Medical and sanitary report of the native army of Bengal for the year
Year: 1874
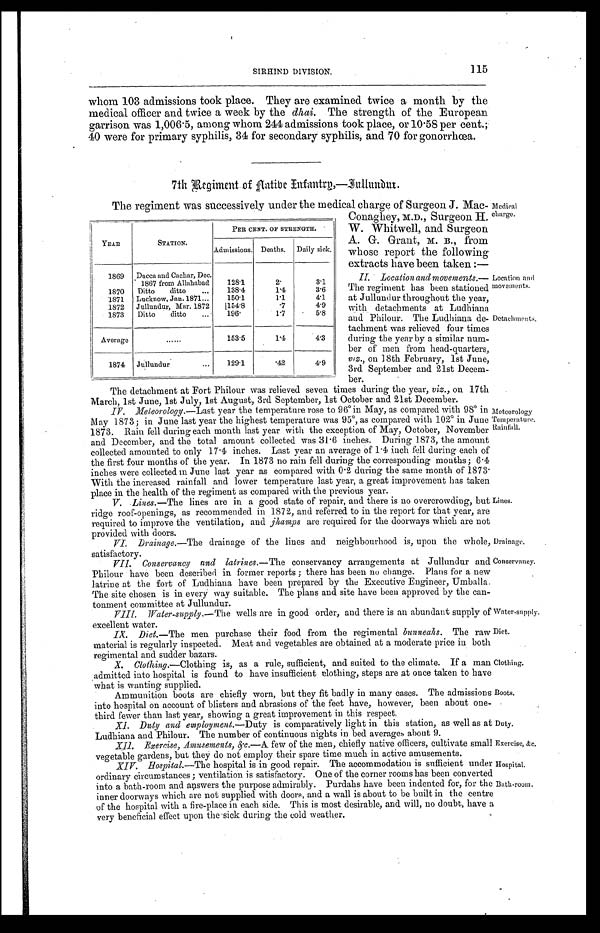
SIRHIND DIVISION.
115
Drainage.
Conservancy.
Water-supply.
Diet.
Clothing.
Boots.
Duty.
Exercise, &c.
whom 103 admissions took place. They are examined twice a month by the
medical officer and twice a week by the dhai. The strength of the European
garrison was 1,006.5, among whom 244 admissions took place, or 10.58 per cent.;
40 were for primary syphilis, 34 for secondary syphilis, and 70 for gonorrhœa.
7th
Regiment of Native Infantry,—Jullundur.
The regiment was successively under the medical charge of Surgeon J. Mac-
Conaghey, M.D., Surgeon H.
W. Whitwell, and Surgeon
A. G. Grant, M. B., from
whose report the following
extracts have been taken:—
Medical
charge.
YEAR
STATION.
PER CENT. OF STRENGTH.
Admissions. Deaths.
Daily sick.
1869
Dacca and Cachar, Dec.
1867 from Allahabad
128.1
2.
3.1
1870
Ditto ditto . . .
138.4
1.4
3.6
1871
Lucknow, Jan. 1871 . . .
150.1
1.1
4.1
1872
Jullundur, Mar. 1872
154.8
.7
4.9
1873
Ditto ditto . . .
196.
1.7
5.8
Average
. . .
153.5
1.4
4.3
1874
Jullundur . . .
129.1
.42
4.9
II. Location and movements
.—The regiment has been stationed
at Jullundur throughout the year,
with detachments at Ludhiana
and Philour. The Ludhiana de
-tachment was relieved four times
during the year by a similar num
-ber of men from head-quarters,
viz., on 18th February, 1st June,
3rd September and 21st Decem
-ber.
Location and
movements.
Detachments.
The detachment at Fort Philour was relieved seven times during the year, viz., on 17th
and
March, 1st June, 1st July, 1st August, 3rd September, 1st October and 21st December.
IV. Meteorology .—Last year the temperature rose to 96° in May, as compared with 98° in
May 1873; in June last year the highest temperature was 95°, as compared with 102° in June
1873. Rain fell during each month last year with the exception of May, October, November
and December, and the total amount collected was 31.6 inches. During 1873, the amount
collected amounted to only 17.4 inches. Last year an average of 1.4 inch fell during each of
the first four months of the year. In 1873 no rain fell during the corresponding months; 6.4
inches were collected in June last year as compared with 0.2 during the same month of 1873.
With the increased rainfall and lower temperature last year, a great improvement has taken
place in the health of the regiment as compared with the previous year.
V. Lines .—The lines are in a good state of repair, and there is no overcrowding, but
ridge roof-openings, as recommended in 1872, and referred to in the report for that year, are
required to improve the ventilation, and jhamps are required for the doorways which are not
provided with doors.
VI. Drainage .—The drainage of the lines and neighbourhood is, upon the whole,
satisfactory.
VII . Conservancy and latrines.— The conservancy arrangements at Jullundur and
Philour have been described in former reports; there has been no change. Plans for a new
latrine at the fort of Ludhiana have been prepared by the Executive Engineer, Umballa.
The site chosen is in every way suitable. The plans and site have been approved by the can
-tonment committee at Jullundur.
Meteorology
Temperature. Rainfall.
Lines.
VIII. Water-supply .—The wells are in good order, and there is an abundant supply of
excellent Water.
IX. Diet .—The men purchase their food from the regimental bu nneahs. The raw
material is regularly inspected. Meat and vegetables are obtained at a moderate price in both
regimental and sudden bazars.
Clothing .—Clothing is, as a rule, sufficient, and suited to the climate. If a man
admitted into hospital is found to have insufficient clothing, steps are at once taken to have
what is wanting supplied.
Ammunition boots are chiefly worn, but they fit badly in many cases. The admissions
into hospital on account of blisters and abrasions of the feet have, however, been about one
-third fewer than last year, showing a great improvement in this respect.
XI. Duty and employment .—Duty is comparatively light in this station, as well as at
Ludhiana and Philour. The number of continuous nights in bed averages about 9.
XII. Exercise, Amusements, &c.—A few of the men, chiefly native officers, cultivate small
vegetable gardens, but they do not employ their spare time much in active amusements.
XIV. Hospital.—The hospital is in good repair. The accommodation is sufficient under
ordinary circumstances; ventilation is satisfactory. One of the corner rooms has been converted
into a bath-room and answers the purpose admirably. Purdahs have been indented for, for the
inner doorways which are not supplied with doors, and a wall is about to be built in the centre
of t he hospi t al wi t h a fi re-pl ace i n each si de. Thi s i s most desi rabl e, and wi l l , no doubt , have a
very beneficial effect upon the sick during the cold weather.
Hospital.
Bath-room.